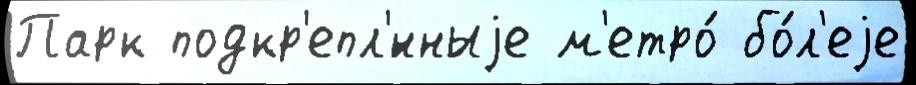
Парк подкр'епл'́нныjе м'етро́ бо́л'еjе